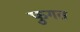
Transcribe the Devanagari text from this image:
फुगत